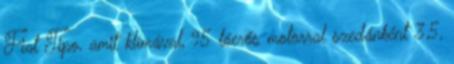
Fiat Tipo, amit klímával, 95 lóerős motorral szedánként 3,5,